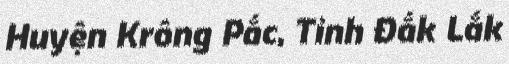
Huyện Krông Pắc, Tỉnh Đắk Lắk